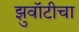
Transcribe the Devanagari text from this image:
झुवॉटीचा